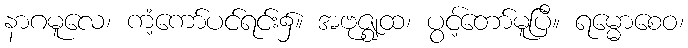
နာဂမူလေ၊ ကံ့ကော်ပင်ရင်း၌။ အဗုဇ္ဈထ၊ ပွင့်တော်မူပြီ။ ရမ္မောစေဝ၊